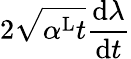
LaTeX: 2\sqrt{\alpha^{\mathrm{L}}t}\frac{\textrm{d}\lambda}{\textrm{d}t}